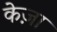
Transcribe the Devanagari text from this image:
केज़ा